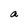
Character: a